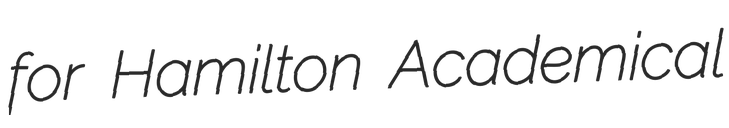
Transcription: for Hamilton Academical